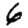
Digit: 6